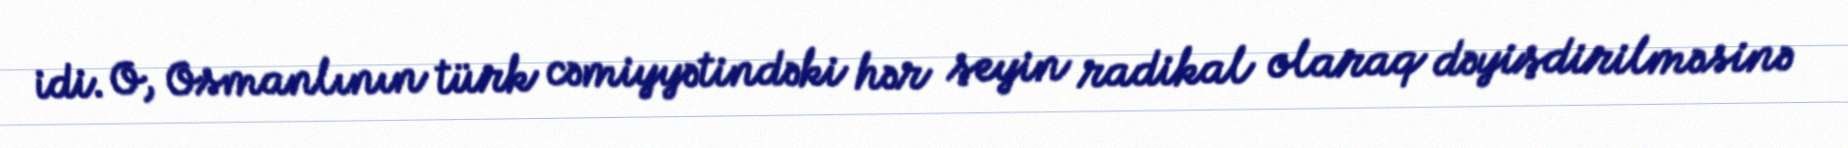
idi. O, Osmanlının türk cəmiyyətindəki hər şeyin radikal olaraq dəyişdirilməsinə